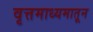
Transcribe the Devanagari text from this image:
वृत्तमाध्यमातून